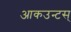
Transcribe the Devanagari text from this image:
आकउन्टस्